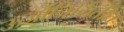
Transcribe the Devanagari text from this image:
ऊर्जानिर्मितीत